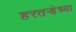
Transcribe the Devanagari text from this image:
हरतर्‍हेच्या